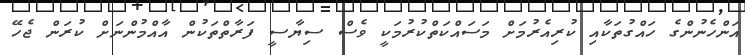
އަންހެނުންގެ ހައްގުތަކާއި ކުރިއެރުމަށް މަސައްކަތްކުރުމަކީ ވެސް ސިޔާސީ ފަރާތްތަކުން އާއްމުންނަށް ކުރަން ޖެހޭ